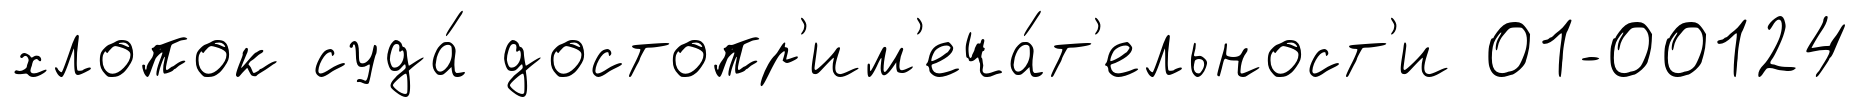
хлопок суда́ достопр'им'еча́т'ельност'и 01-00124